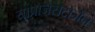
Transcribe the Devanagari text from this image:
याप्रोजेसटोजेन